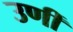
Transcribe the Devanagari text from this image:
उणीं